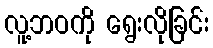
လူ့ဘဝကို ရွေးလိုခြင်း